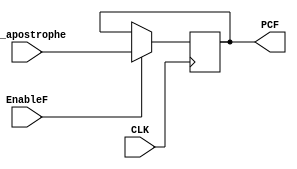
module PipelineIF (
    input CLK,
    input EnableF,
    input wire[31:0] PC_apostrophe,
    output reg[31:0] PCF
);
initial begin
    PCF = 32'b0;
end
always @(posedge CLK) begin
    if (EnableF) PCF <= PC_apostrophe;
end

endmodule